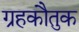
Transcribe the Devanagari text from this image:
ग्रहकौतुक